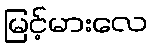
မြင့်မားလေ